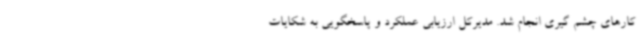
کارهای چشم گیری انجام شد. مدیرکل ارزیابی عملکرد و پاسخگویی به شکایات